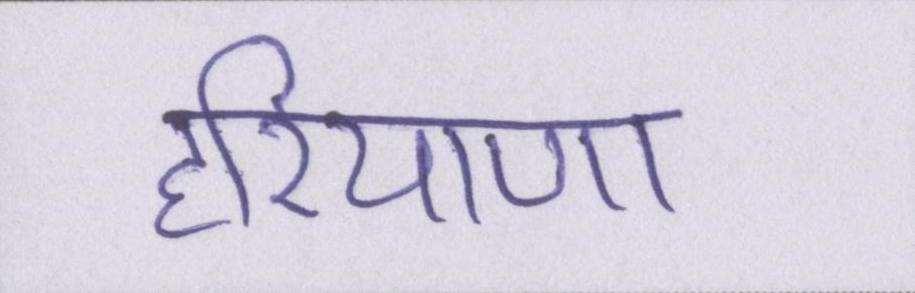
हरियाणा